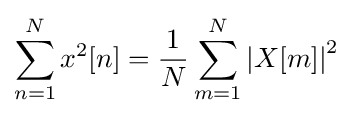
\sum _{n=1}^{N}{x^{2}[n]}={\frac {1}{N}}\sum _{m=1}^{N}\left|X[m]\right|^{2}